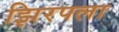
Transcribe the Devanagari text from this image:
झिरपला